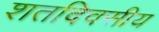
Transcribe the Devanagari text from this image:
शतदिवसीय